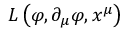
L \left( { \boldsymbol { \varphi } } , \partial _ { \mu } { \boldsymbol { \varphi } } , x ^ { \mu } \right)